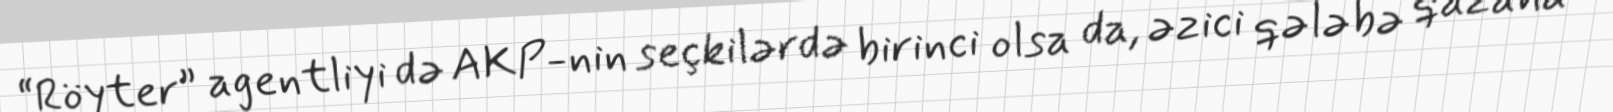
“Röyter” agentliyi də AKP-nin seçkilərdə birinci olsa da, əzici qələbə qazana